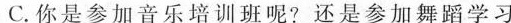
C.你是参加音乐培训班呢?还是参加舞蹈学习